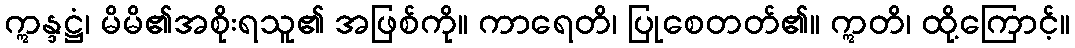
ဣန္ဒဋ္ဌံ၊ မိမိ၏အစိုးရသူ၏ အဖြစ်ကို။ ကာရေတိ၊ ပြုစေတတ်၏။ ဣတိ၊ ထို့ကြောင့်။